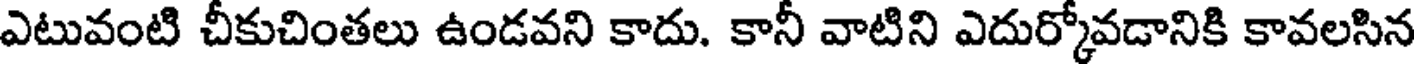
ఎటువంటి చీకుచింతలు ఉండవని కాదు. కానీ వాటిని ఎదుర్కోవడానికి కావలసిన